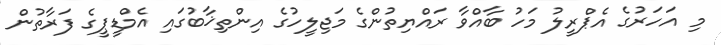
މި އަހަރުގެ އެޕްރީލު މަހު ބާއްވާ ރައްޔިތުންގެ މަޖިލީހުގެ އިންތިޚާބުގައި އެމްޑީޕީގެ ފަރާތުން